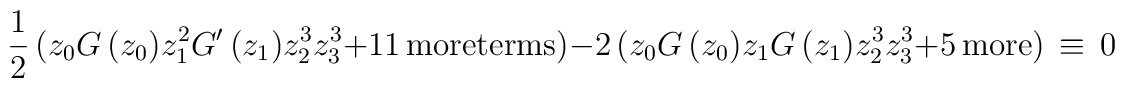
\frac{1}{2}\,(z_0 G\,(z_0)z_1^2G'\,(z_1)z_2^3z_3^3+11 \,\mbox{moreterms})-2\,(z_0G\,(z_0)z_1G\,(z_1)z_2^3z_3^3+5 \,\mbox{more})\,\equiv\, 0